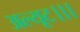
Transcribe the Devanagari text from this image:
अल्यूट।।।